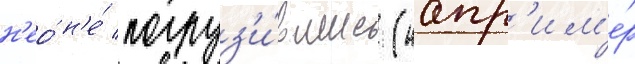
н'ео́ н'е́ погруз'и́вшись (напр'им'е́р